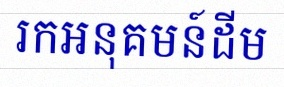
រកអនុគមន៍ដើម